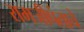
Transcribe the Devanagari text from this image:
रामजीपंताचे